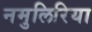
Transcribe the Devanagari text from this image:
नमुलिरिया